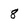
Character: 8